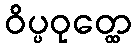
ဝိပ္ပဝုတ္ထေ